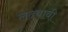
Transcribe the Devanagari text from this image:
लढवावी